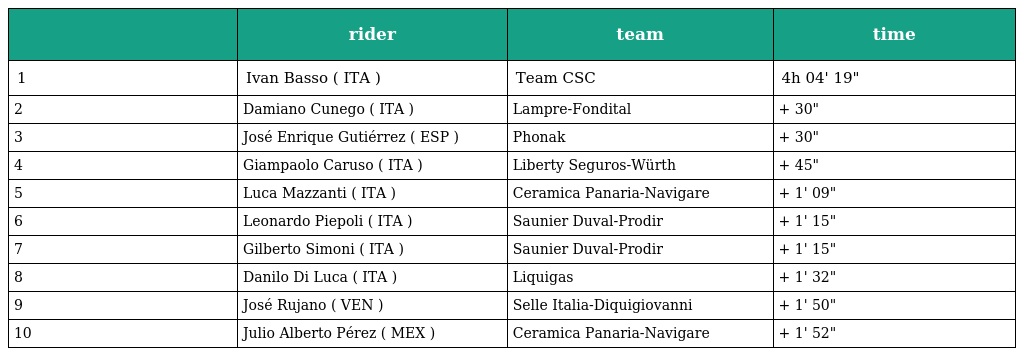
|  | rider | team | time |
 | --- | --- | --- | --- |
 | 1 | Ivan Basso ( ITA ) | Team CSC | 4h 04' 19" |
 | 2 | Damiano Cunego ( ITA ) | Lampre-Fondital | + 30" |
 | 3 | José Enrique Gutiérrez ( ESP ) | Phonak | + 30" |
 | 4 | Giampaolo Caruso ( ITA ) | Liberty Seguros-Würth | + 45" |
 | 5 | Luca Mazzanti ( ITA ) | Ceramica Panaria-Navigare | + 1' 09" |
 | 6 | Leonardo Piepoli ( ITA ) | Saunier Duval-Prodir | + 1' 15" |
 | 7 | Gilberto Simoni ( ITA ) | Saunier Duval-Prodir | + 1' 15" |
 | 8 | Danilo Di Luca ( ITA ) | Liquigas | + 1' 32" |
 | 9 | José Rujano ( VEN ) | Selle Italia-Diquigiovanni | + 1' 50" |
 | 10 | Julio Alberto Pérez ( MEX ) | Ceramica Panaria-Navigare | + 1' 52" |